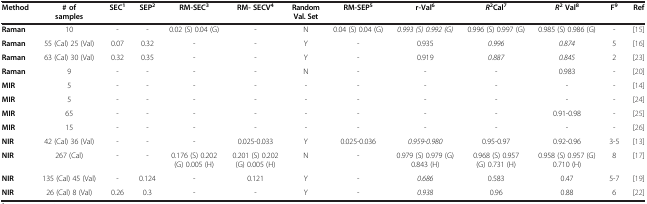
| Method | # of samples | SEC1 | SEP2 | RM-SEC3 | RM- SECV4 | Random Val. Set | RM-SEP5 | r-Val6 | R2Cal7 | R2 Val8 | F9 | Ref |
 | --- | --- | --- | --- | --- | --- | --- | --- | --- | --- | --- | --- | --- |
 | Raman | 10 | - | - | 0.02 (S) 0.04 (G) | - | N | 0.04 (S) 0.04 (G) | 0.993 (S) 0.992 (G) | 0.996 (S) 0.997 (G) | 0.985 (S) 0.986 (G) | - | [15] |
 | Raman | 55 (Cal) 25 (Val) | 0.07 | 0.32 | - | - | Y | - | 0.935 | 0.996 | 0.874 | 5 | [16] |
 | Raman | 63 (Cal) 30 (Val) | 0.32 | 0.35 | - | - | Y | - | 0.919 | 0.887 | 0.845 | 2 | [23] |
 | Raman | 9 | - | - | - | - | N | - | - | - | 0.983 | - | [20] |
 | MIR | 5 | - | - | - | - | - | - | - | - | - | - | [14] |
 | MIR | 5 | - | - | - | - | - | - | - | - | - | - | [24] |
 | MIR | 65 | - | - | - | - | - | - | - | - | 0.91-0.98 | - | [25] |
 | MIR | 15 | - | - | - | - | - | - | - | - | - | - | [26] |
 | NIR | 42 (Cal) 36 (Val) | - | - | - | 0.025-0.033 | Y | 0.025-0.036 | 0.959-0.980 | 0.95-0.97 | 0.92-0.96 | 3-5 | [13] |
 | NIR | 267 (Cal) | - | - | 0.176 (S) 0.202 (G) 0.005 (H) | 0.201 (S) 0.202 (G) 0.005 (H) | N | - | 0.979 (S) 0.979 (G) 0.843 (H) | 0.968 (S) 0.957 (G) 0.731 (H) | 0.958 (S) 0.957 (G) 0.710 (H) | 8 | [17] |
 | NIR | 135 (Cal) 45 (Val) | - | 0.124 | - | 0.121 | Y | - | 0.686 | 0.583 | 0.47 | 5-7 | [19] |
 | NIR | 26 (Cal) 8 (Val) | 0.26 | 0.3 | - | - | Y | - | 0.938 | 0.96 | 0.88 | 6 | [22] |